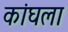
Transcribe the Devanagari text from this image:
कांघला